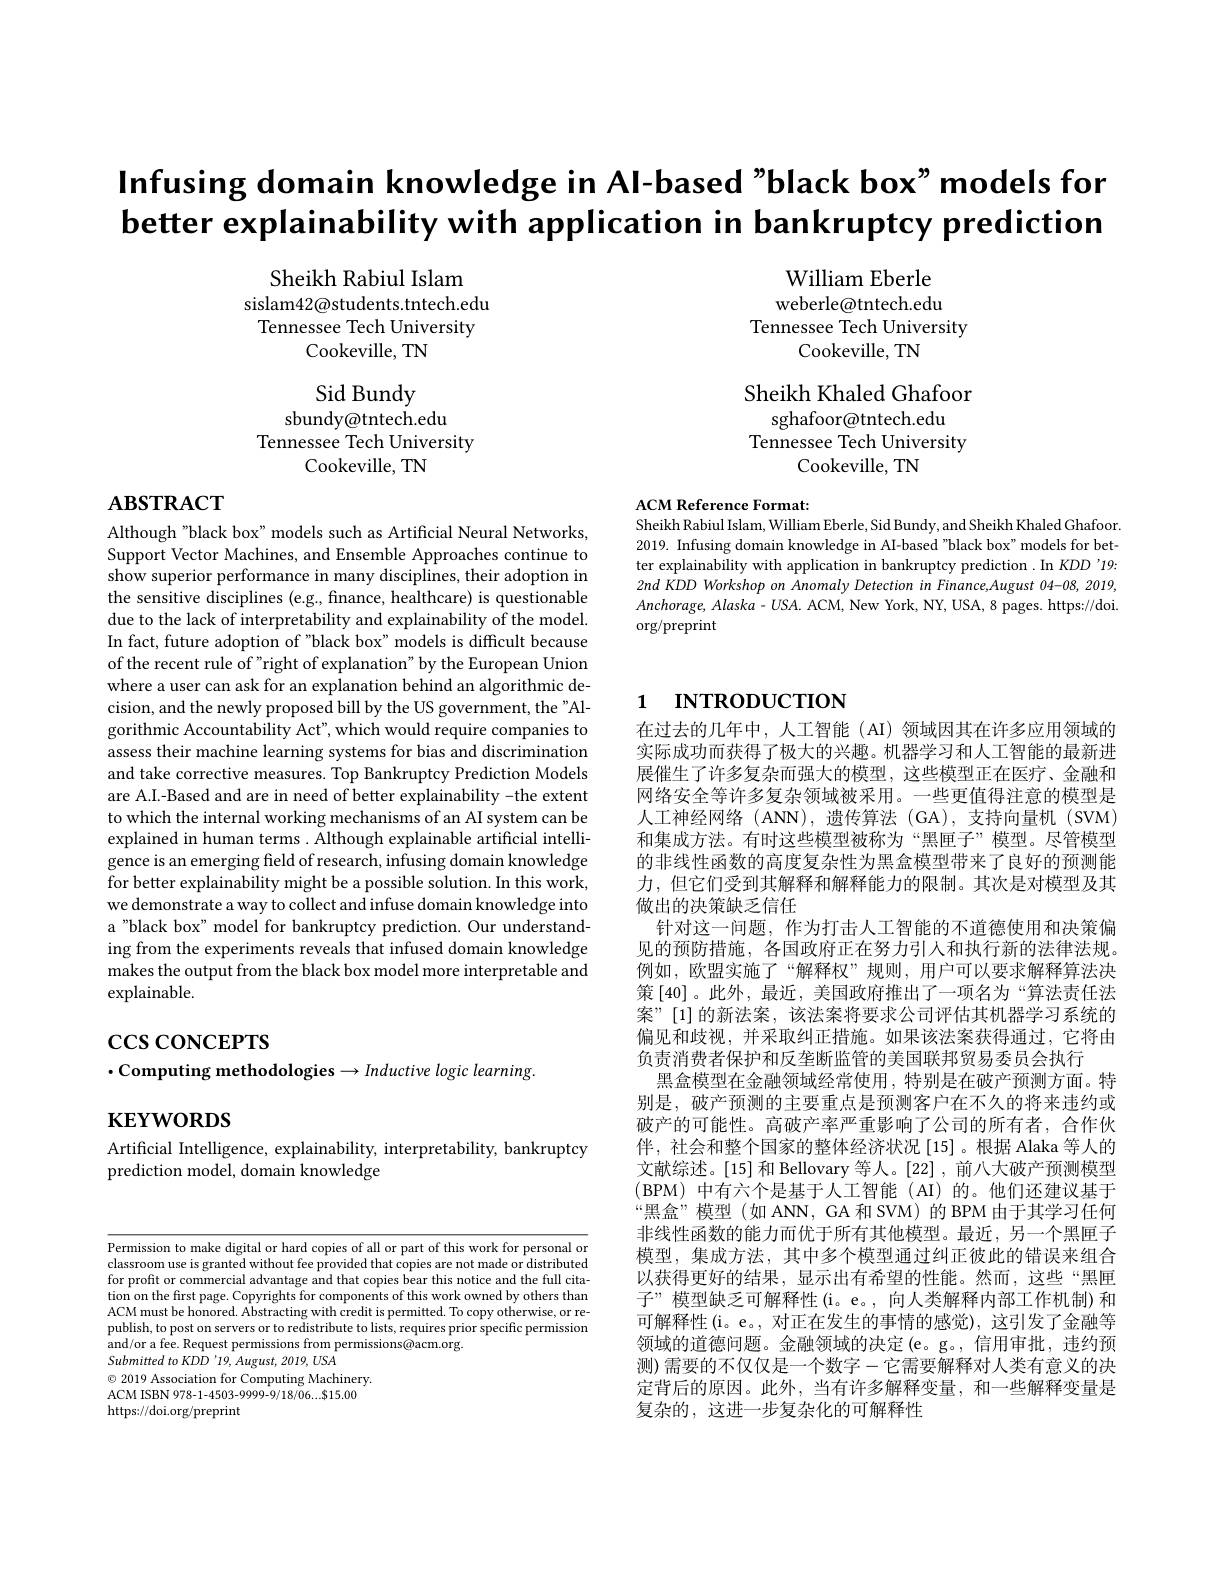
$\mathsf{Infusing~domain~knowledge~in~Al-based~"black~box"~models~for}$

better explainability with application in bankruptcy prediction

Sheikh Rabiul Islam
sislam42@students.tntech.edu Tennessee Tech University
Cookeville, TN

William Eberle weberle@tntech.edu
Tennessee Tech University
Cookeville, TN

Sheikh Khaled Ghafoor
sghafoor@tntech.edu
Tennessee Tech University
Cookeville, TN

Sid Bundy
sbundy@tntech.edu
Tennessee Tech University
Cookeville, TN

# $\mathbf{ABSTRACT}$

ACM Reference Format:

Sheikh Rabiul Islam, William Eberle, Sid Bundy, and Sheikh Khaled Ghafoor. 2019. Infusing domain knowledge in AI-based "black box" models for better explainability with application in bankruptcy prediction . In KDD'19: 2nd KDD Workshop on Anomaly Detection in Finance,August 04-08, 2019, $Anchorage,Alaska-USA.$ ACM, New York, NY, USA, 8 pages. https://doi. $\operatorname{org/preprint}$

# 1 INTRODUCTION

Although "black box" models such as Artificial Neural Networks Support Vector Machines, and Ensemble Approaches continue to show superior performance in many disciplines, their adoption in the sensitive disciplines (e.g., finance, healthcare) is questionable due to the lack of interpretability and explainability of the model. In fact, future adoption of "black box" models is difficult because of the recent rule of "right of explanation" by the European Union where a user can ask for an explanation behind an algorithmic decision, and the newly proposed bill by the US government, the"Algorithmic Accountability Act", which would require companies to assess their machine learning systems for bias and discrimination and take corrective measures. Top Bankruptcy Prediction Models are A.I.-Based and are in need of better explainability -the extent to which the internal working mechanisms of an AI system can be explained in human terms . Although explainable artificial intelligence is an emerging field of research, infusing domain knowledge for better explainability might be a possible solution. In this work, we demonstrate a way to collect and infuse domain knowledge into a"black box" model for bankruptcy prediction. Our understanding from the experiments reveals that infused domain knowledge makes the output from the black box model more interpretable and explainable.

$\csc$coNCEPTS
$\cdot$Computing methodologies$\to Inductive$ logic learning.

在过去的几年中，人工智能(AI)领域因其在许多应用领域的实际成功而获得了极大的兴趣。机器学习和人工智能的最新进展催生了许多复杂而强大的模型，这些模型正在医疗、金融和网络安全等许多复杂领域被采用。一些更值得注意的模型是人工神经网络(ANN),遗传算法(GA),支持向量机(SVM) 和集成方法。有时这些模型被称为“黑匣子”模型。尽管模型的非线性函数的高度复杂性为黑盒模型带来了良好的预测能力，但它们受到其解释和解释能力的限制。其次是对模型及其做出的决策缺乏信任
针对这一问题，作为打击人工智能的不道德使用和决策偏见的预防措施，各国政府正在努力引入和执行新的法律法规。例如，欧盟实施了“解释权”规则，用户可以要求解释算法决策[40]。此外，最近，美国政府推出了一项名为“算法责任法案”[1]的新法案，该法案将要求公司评估其机器学习系统的偏见和歧视，并采取纠正措施。如果该法案获得通过，它将由负责消费者保护和反垄断监管的美国联邦贸易委员会执行
黑盒模型在金融领域经常使用，特别是在破产预测方面。特别是，破产预测的主要重点是预测客户在不久的将来违约或破产的可能性。高破产率严重影响了公司的所有者，合作伙伴，社会和整个国家的整体经济状况[15]。根据 Alaka 等人的文献综述。[15]和 Bellovary 等人。[22],前八大破产预测模型(BPM)中有六个是基于人工智能(AI)的。他们还建议基于“黑盒”模型(如ANN，GA和SVM)的BPM由于其学习任何非线性函数的能力而优于所有其他模型。最近，另一个黑匣子模型，集成方法，其中多个模型通过纠正彼此的错误来组合以获得更好的结果，显示出有希望的性能。然而，这些“黑匣子”模型缺乏可解释性(i。e。,向人类解释内部工作机制)和可解释性(i。e。,对正在发生的事情的感觉),这引发了金融等领域的道德问题。金融领域的决定(e。g。,信用审批，违约预测)需要的不仅仅是一个数字-它需要解释对人类有意义的决定背后的原因。此外，当有许多解释变量，和一些解释变量是复杂的，这进一步复杂化的可解释性

$\mathbf{KEYWORDS}$

Artificial Intelligence, explainability, interpretability, bankruptcy
prediction model, domain knowledge

Permission to make digital or hard copies of all or part of this work for personal or classroom use is granted without fee provided that copies are not made or distributed for profit or commercial advantage and that copies bear this notice and the full citation on the first page. Copyrights for components of this work owned by others than ACM must be honored. Abstracting with credit is permitted. To copy otherwise, or republish, to post on servers or to redistribute to lists, requires prior specific permission and/or a fee. Request permissions from permissions@acm.org.
Submitted to KDD'19, August, 2019, USA
$\textcircled{\circ}$ 2019 Association for Computing Machinery. ACM ISBN 978-1-4503-9999-9/18/06...$15.00 https://doi.org/preprint